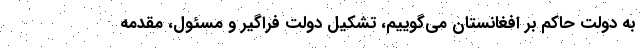
به دولت حاکم بر افغانستان می‌گوییم، تشکیل دولت فراگیر و مسئول، مقدمه